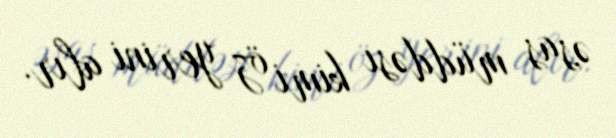
əsas müddəsı kimi öz yerini alır.